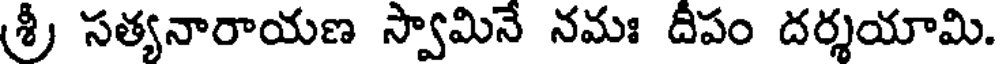
శ్రీ సత్యనారాయణ స్వామినే నమః దీపం దర్శయామి.